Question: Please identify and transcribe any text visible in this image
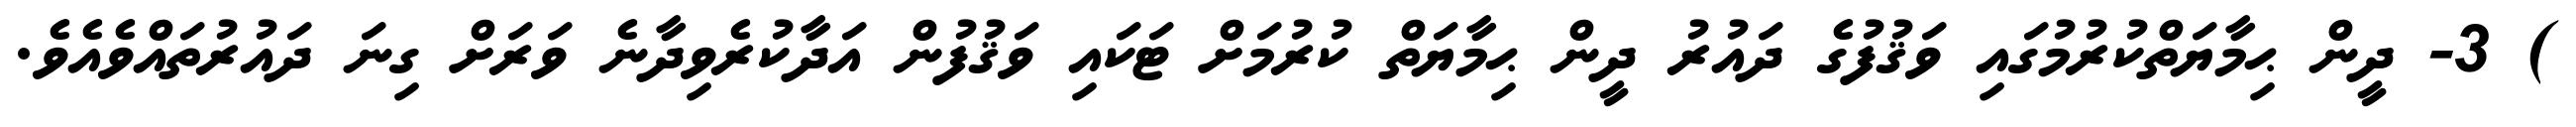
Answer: ) 3- ދީން ޙިމާޔަތްކުރުމުގައި ވަޤުފުގެ ދައުރު ދީން ޙިމާޔަތް ކުރުމަށް ޓަކައި ވަޤުފުން އަދާކުރެވިދާނެ ވަރަށް ގިނަ ދައުރުތައްވެއެވެ.